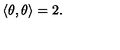
\left\langle \theta , \theta \right\rangle = 2 .